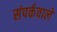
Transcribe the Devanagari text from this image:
संपर्कवाले